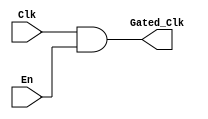
module clock_gating_cell (
    input wire Clk,        // Main clock
    input wire En,         // Enable signal
    output wire Gated_Clk  // Gated clock output
);
    // Clock gating logic: Gated clock is the main clock when enabled, otherwise it is low
    assign Gated_Clk = Clk & En;
endmodule